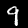
Digit: 9